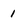
Character: 1